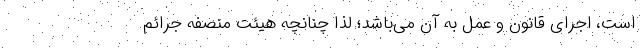
است، اجرای قانون و عمل به آن می‌باشد؛ لذا چنانچه هیئت منصفه جرائم